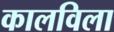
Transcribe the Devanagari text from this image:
कालविला